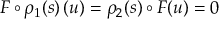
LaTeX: F \circ \rho _ { 1 } ( s ) \, ( u ) = \rho _ { 2 } ( s ) \circ F ( u ) = 0